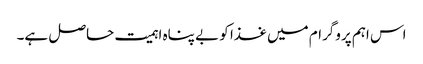
اس اہم پروگرام میں غذا کو بے پناہ اہمیت حاصل ہے۔